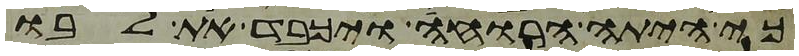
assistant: כי היתה הרוחה ויכבד את לבו